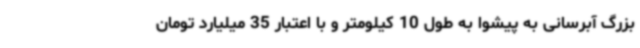
بزرگ آبرسانی به پیشوا به طول 10 کیلومتر و با اعتبار 35 میلیارد تومان